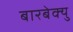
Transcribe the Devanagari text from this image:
बारबेक्यु